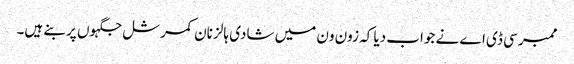
ممبر سی ڈی اے نے جواب دیا کہ زون ون میں شادی ہالز نان کمرشل جگہوں پر بنے ہیں۔